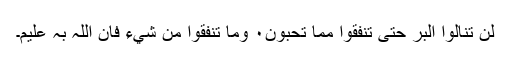
لَنْ تَنَالُوا الْبِرَّ حَتّٰى تُنْفِقُوْا مِمَّا تُحِبُّوْنَ۰ۥۭ وَمَا تُنْفِقُوْا مِنْ شَيْءٍ فَاِنَّ اللہَ بِہٖ عَلِيْمٌ۔